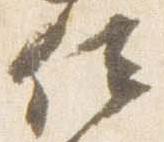
位